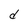
Character: d